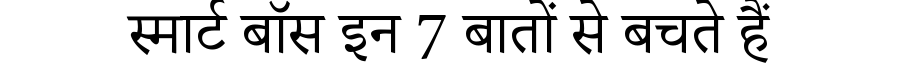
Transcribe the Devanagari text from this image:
स्मार्ट बॉस इन 7 बातों से बचते हैं